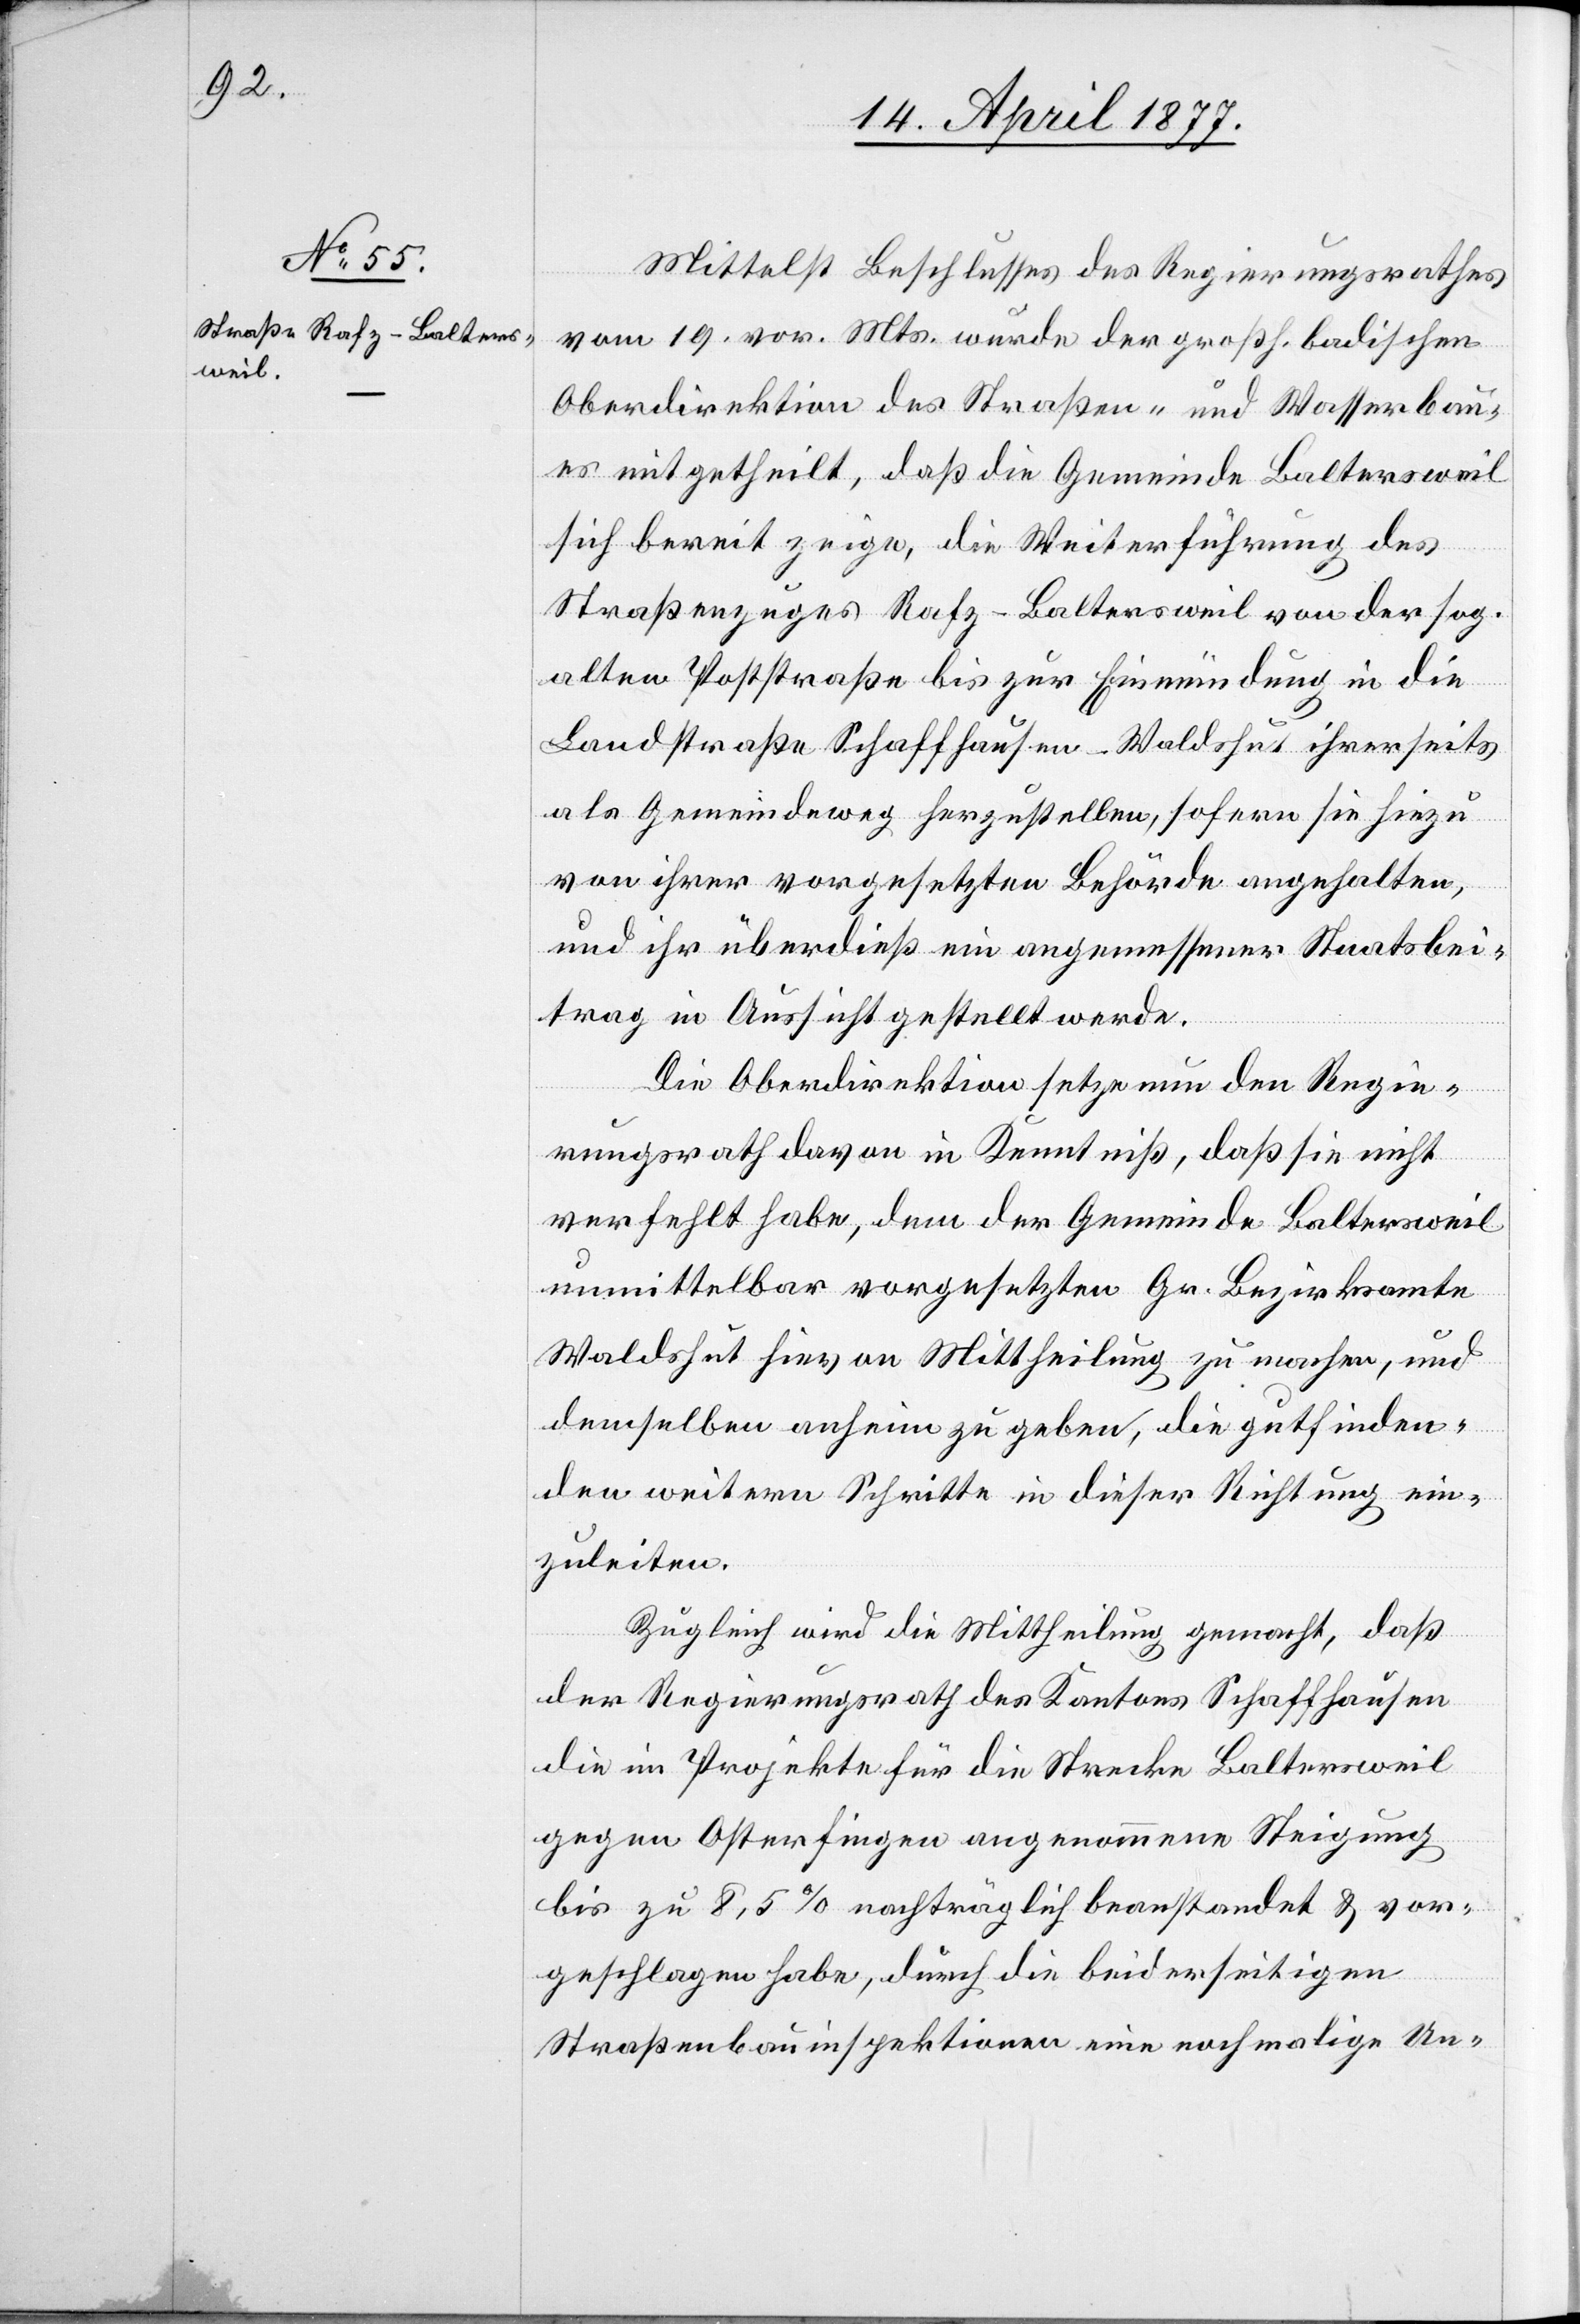
Mittelst Beschlusses des Regierungsrathes
vom 19. vor. Mts. wurde der großh. badischen
Oberdirektion des Straßen- und Wasserbau¬
es mitgetheilt, daß die Gemeinde Baltersweil
sich bereit zeige, die Weiterführung des
Straßenzuges Rafz–Baltersweil von der sog.
alten Poststraße bis zur Einmündung in die
Landstraße Schaffhausen–Waldshut ihrerseits
als Gemeindeweg herzustellen, sofern sie hiezu
von ihrer vorgesetzten Behörde angehalten,
und ihr überdieß ein angemessener Staatsbei¬
trag in Aussicht gestellt werde.
Die Oberdirektion setzte nun den Regie¬
rungsrath davon in Kenntniß, daß sie nicht
verfehlt habe, dem der Gemeinde Baltersweil
unmittelbar vorgesetzten Gr. Bezirksamte
Waldshut hievon Mittheilung zu machen, und
demselben anheim zu geben, die gutfinden¬
den weitern Schritte in dieser Richtung ein¬
zuleiten.
Zugleich wird die Mittheilung gemacht, daß
der Regierungsrath des Kantons Schaffhausen
die im Projekte für die Strecke Baltersweil
gegen Osterfingen angenommene Steigung
bis zu 8,5% nachträglich beanstandet & vor¬
geschlagen habe, durch die beiderseitigen
Straßenbauinspektionen eine nochmalige Un-